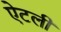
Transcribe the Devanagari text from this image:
ऐटली